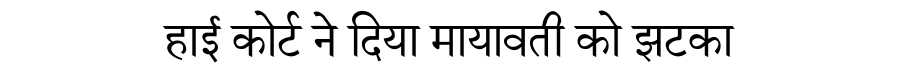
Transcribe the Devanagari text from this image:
हाई कोर्ट ने दिया मायावती को झटका